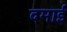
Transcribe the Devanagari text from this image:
दमाई